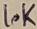
Text: 10K